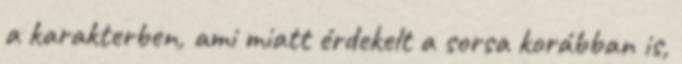
a karakterben, ami miatt érdekelt a sorsa korábban is,